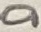
Text: a